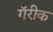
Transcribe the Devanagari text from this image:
गॅरीक